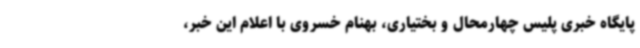
پایگاه خبری پلیس چهارمحال و بختیاری، بهنام خسروی با اعلام این خبر،